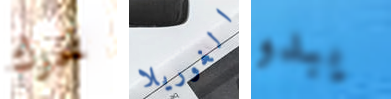
تحرك الغوريلا يبدو